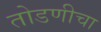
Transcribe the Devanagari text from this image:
तोडणीचा